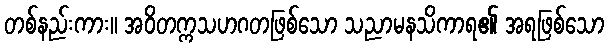
တစ်နည်းကား။ အဝိတက္ကသဟဂတဖြစ်သော သညာမနသိကာရ၏ အရဖြစ်သော